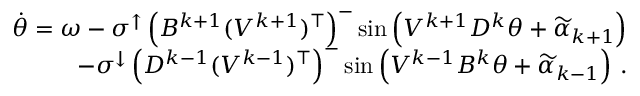
\begin{array} { r } { \dot { \theta } = \omega - \sigma ^ { \uparrow } \left( B ^ { k + 1 } ( V ^ { k + 1 } ) ^ { \top } \right) ^ { - } \sin \left( V ^ { k + 1 } D ^ { k } \theta + \widetilde \alpha _ { k + 1 } \right) } \\ { - \sigma ^ { \downarrow } \left( D ^ { k - 1 } ( V ^ { k - 1 } ) ^ { \top } \right) ^ { - } \sin \left( V ^ { k - 1 } B ^ { k } \theta + \widetilde \alpha _ { k - 1 } \right) \, . } \end{array}